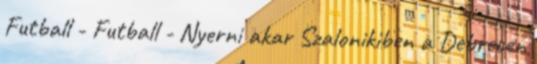
Futball - Futball - Nyerni akar Szalonikiben a Debrecen